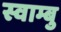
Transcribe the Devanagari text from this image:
स्वाम्बु